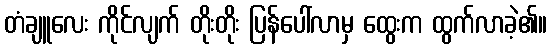
တံချူလေး ကိုင်လျက် တိုးတိုး ပြန်ပေါ်လာမှ ထွေးက ထွက်လာခဲ့၏။